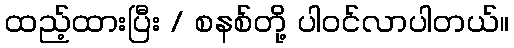
ထည့်ထားပြီး / စနစ်တို့ ပါဝင်လာပါတယ်။